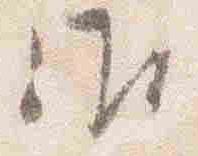
御